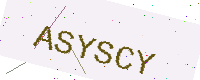
Text: ASYSCY